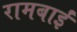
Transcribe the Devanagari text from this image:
रामबाईं